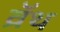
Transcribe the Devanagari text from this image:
व्रॅथ